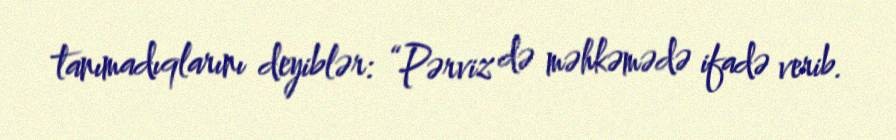
tanımadıqlarını deyiblər: “Pərviz də məhkəmədə ifadə verib.